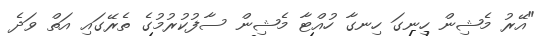
"އޭރު މެޝިން ހިނގަ ހިނގާ ހުއްޓާ މެޝިން ސާފުކުރުމުގެ ތެރޭގައި އަތް ވަދެ